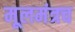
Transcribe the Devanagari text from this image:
मूलमंत्रच